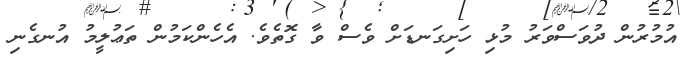
އުމުރުން ދުވަސްވަރު މުޅި ހަށިގަނޑަށް ވެސް ވާ ގޮތެވެ. އެހެންކަމުން ތަޢުލީމު އުނގެނި